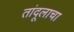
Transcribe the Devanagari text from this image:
तांदूलाचा